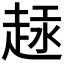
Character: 𫎶